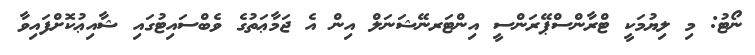
ނޯޓު: މި ލިޔުމަކީ ޓްރާންސްޕޭރަންސީ އިންޓަރނޭޝަނަލް އިން އެ ޖަމާޢަތުގެ ވެބްސައިޓުގައި ޝާއިޢުކޮށްފައިވާ